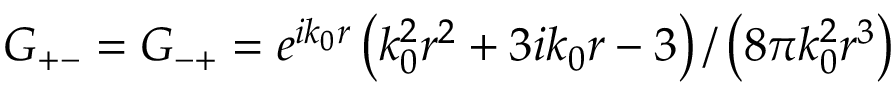
G _ { + - } = G _ { - + } = e ^ { i k _ { 0 } r } \left( k _ { 0 } ^ { 2 } r ^ { 2 } + 3 i k _ { 0 } r - 3 \right) / \left( 8 \pi k _ { 0 } ^ { 2 } r ^ { 3 } \right)